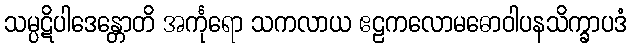
သမ္ပဋိပါဒေန္တောတိ အင်္ကုရော သကလာယ ဧဠကလောမဓောဝါပနသိက္ခာပဒံ